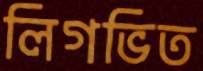
লিগভিত